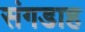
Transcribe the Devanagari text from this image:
संगडाह